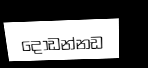
දොඩන්නඩ